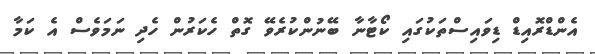
އެންޑްރޮއިޑް ޑިވައިސްތަކުގައި ކޯޓާނާ ބޭނުންކުރެވޭ ގޮތް ހެކަރުން ހެދި ނަމަވެސް އެ ކަމާ